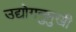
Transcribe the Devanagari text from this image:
उद्योगनुमुखी